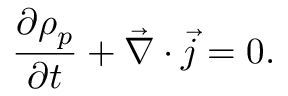
\frac { \partial { \rho _ { p } } } { \partial t } + \vec { \nabla } \cdot \vec { j } = 0 .